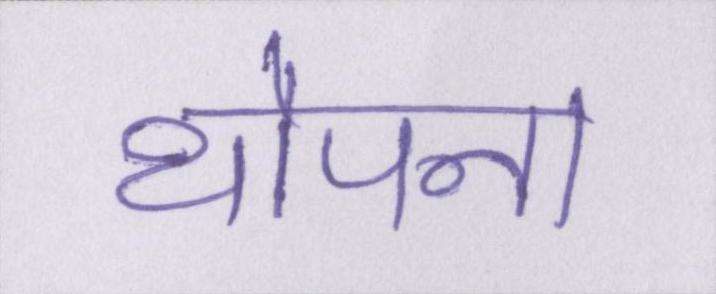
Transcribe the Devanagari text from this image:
थोपना